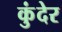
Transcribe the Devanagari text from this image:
कुंदेर